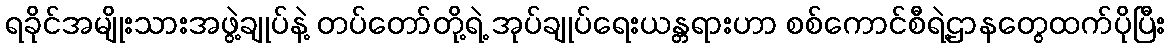
ရခိုင်အမျိုးသားအဖွဲ့ချုပ်နဲ့ တပ်တော်တို့ရဲ့ အုပ်ချုပ်ရေးယန္တရားဟာ စစ်ကောင်စီရဲ့ဌာနတွေထက်ပိုပြီး